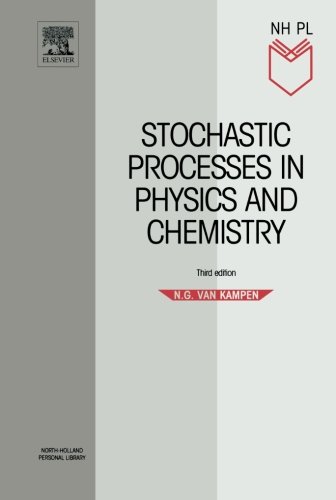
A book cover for Stochastic Processes in Physics and Chemistry, Third Edition (North-Holland Personal Library); N.G. Van Kampen; Science & Math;